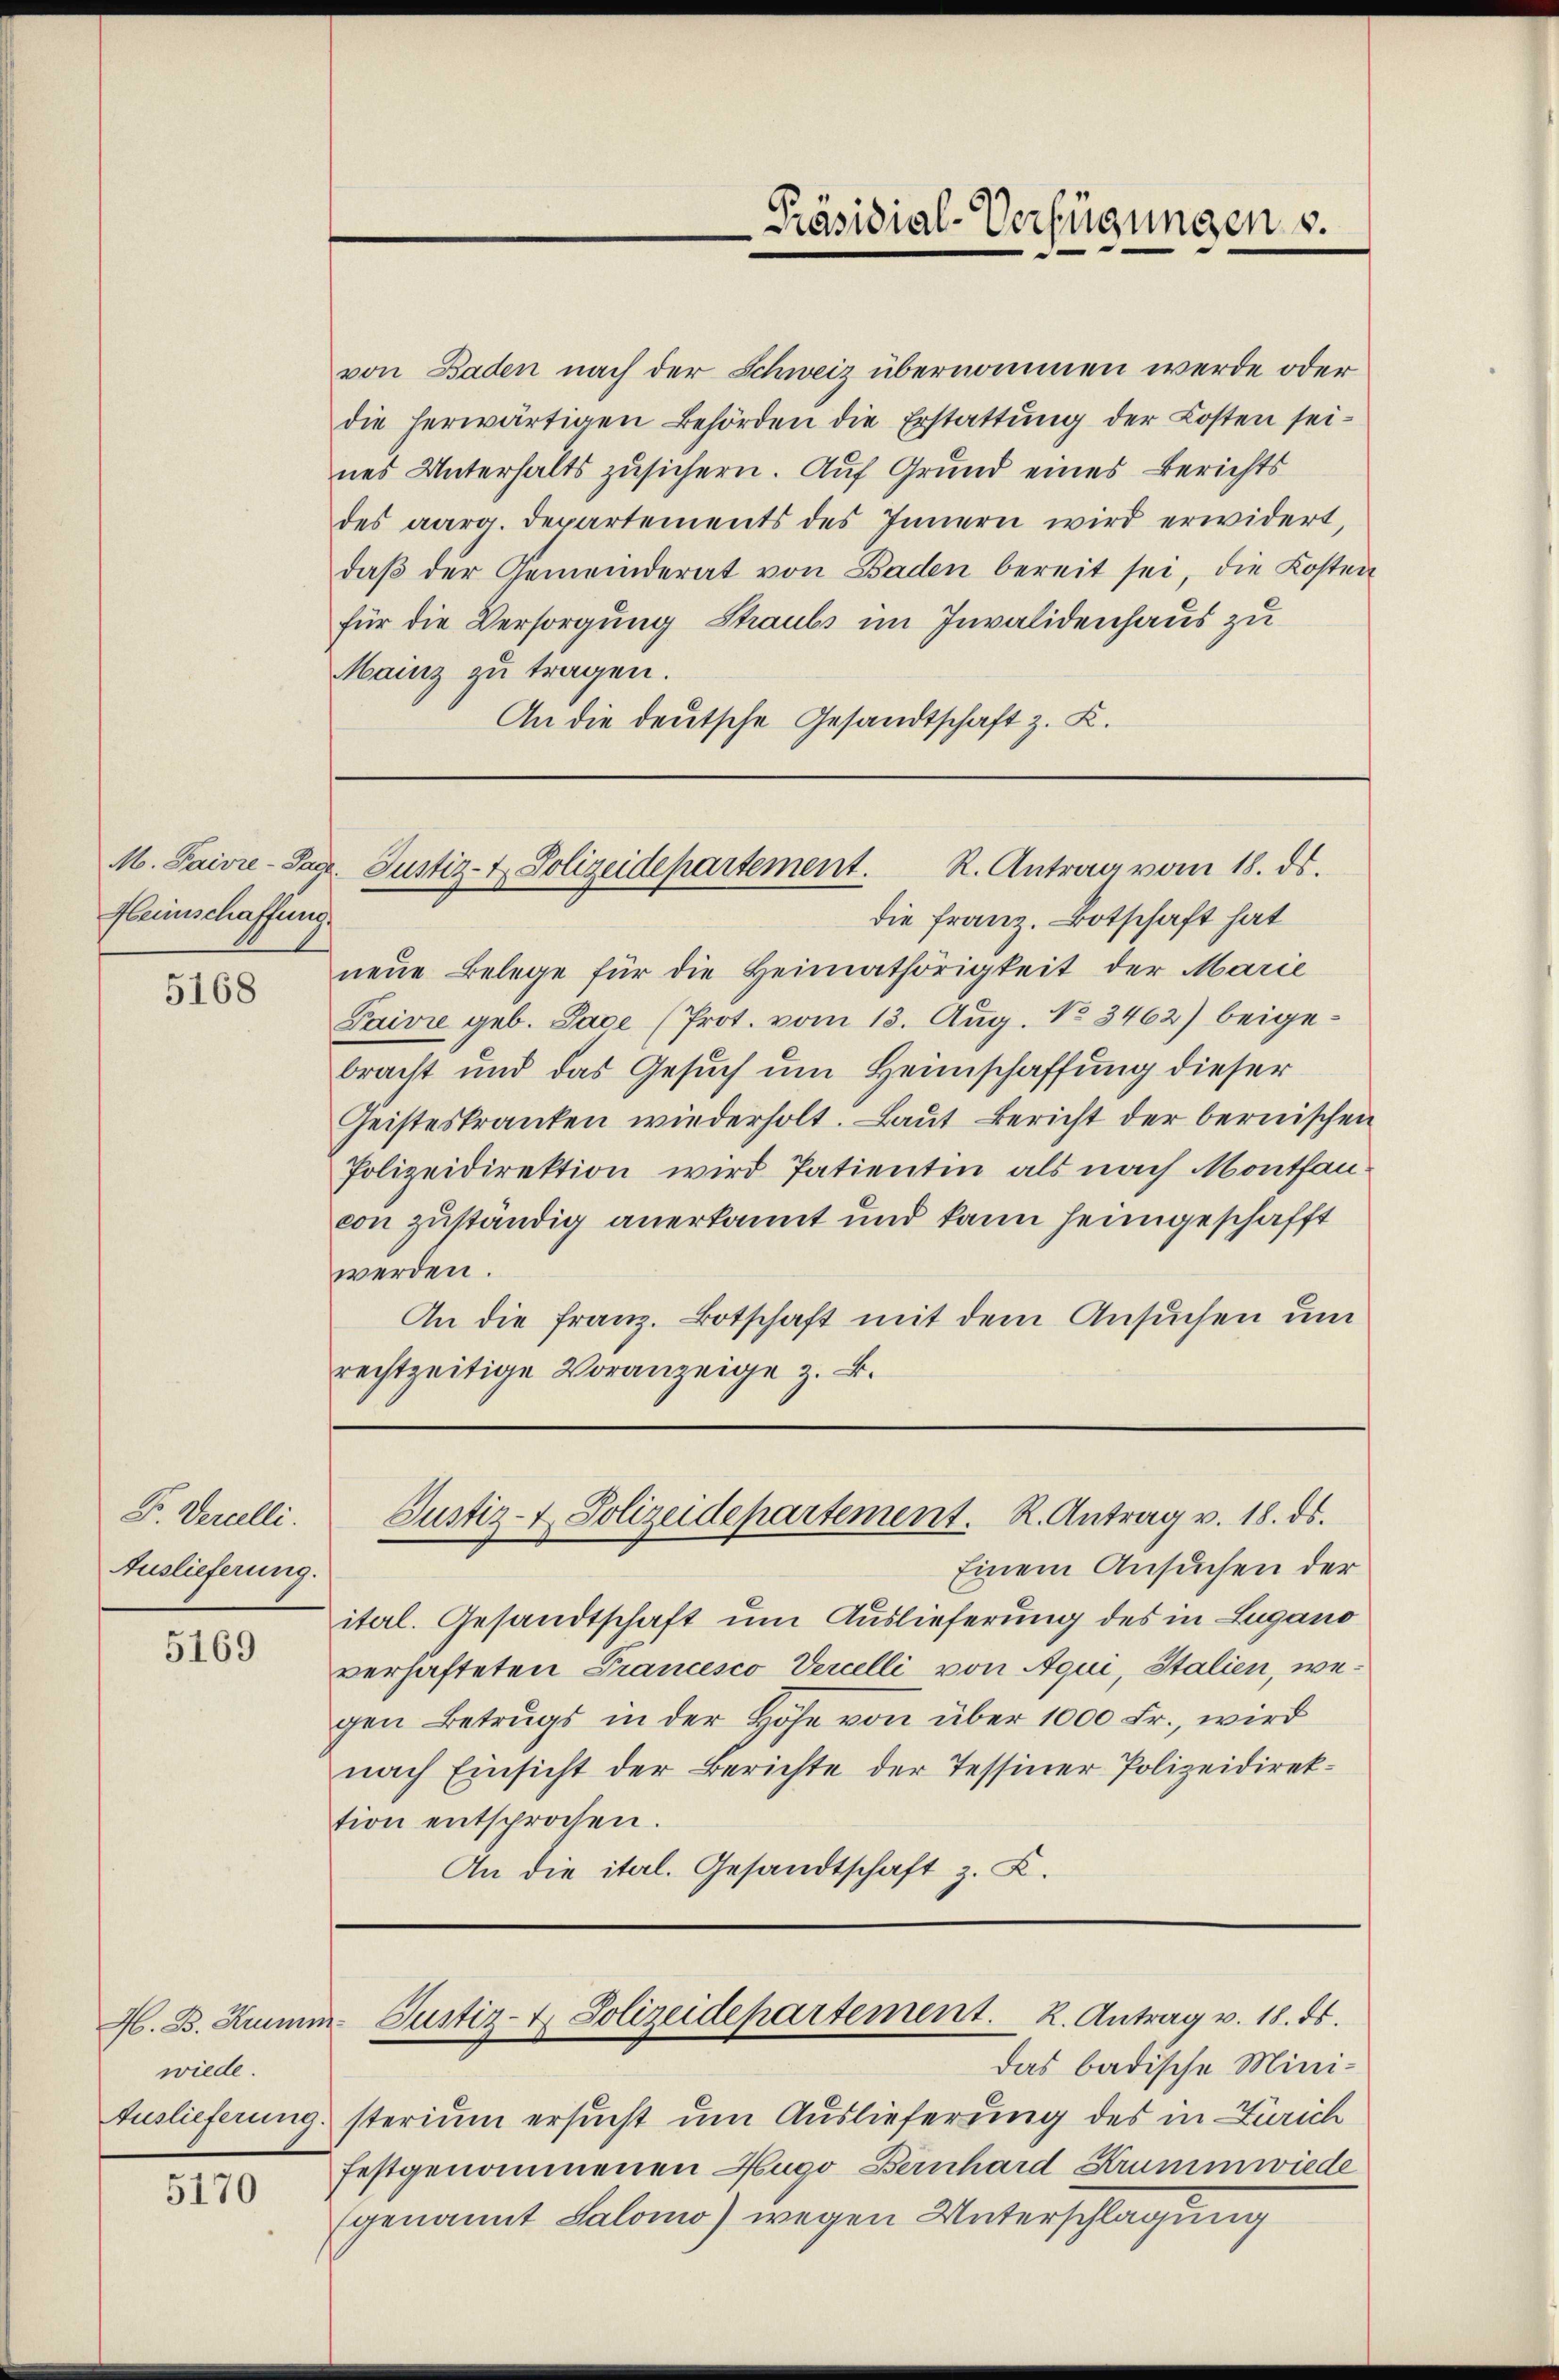
Heimschaffung.

5168

F. Verzelli.
Auslieferung.

5169

wiede

5170

von Baden nach der Schweiz übernommen werde oder
die herwärtigen Behörden die Erstattŭng der Kosten sei-
nes Unterhaltszusichern. Auf Grund eines Berichts
des aarg. Departements des Innern wird erwidert,
daβ der Gemeinderat von Baden bereit sei, die Kosten
für die Versorgung Staubs im Invalidenhaus zu
Mainz zu tragen.
An die deutsche Gesandtschaft z. K.

Präsidial-Verfügungen v.

M. Paivie-Tage. Justiz- & Polizeidepartement. R. Antrag vom 18. ds.

die Franz. Botschaft hat
neŭe Belege für die Heimathörigkeit der Marie
Paivie geb. Pace (Prot. vom 13. Aug. No 3462) beigebracht und das Gesuch um Heimschaffung dieser
Geisteskranken wiederholt. Baŭt Bericht der bernischen
Polizeidirektion wird Patientin als nach Montfaucon zuständig anerkannt und kann heimgeschafft
werden.
An die Franz. Botschaft mit dem Ansuchen um
rechtzeitige Voranzeige z. B.

Justiz- & Polizeidepartement. R. Antrag v. 18. ds.

Einem Ansuchen der
iterl. Gesandtschaft um Auslieferung des in Lugano
verhafteten Francesco Vercelli von Aqui, Italien, wegen Betrugs in der Höhe von über 1000 Fr., wird
nach Einsicht der Berichte der Tessiner Polizeidirektion entsprochen.
An die ital. Gesandtschaft z. Z.

Das badische Mini¬
Auslieferung sterium ersucht um Auslieferung des in Zürich
festgenommenen Hugo Bernhard Kruminwiede
genannt Salomo) wegen Unterschlagung

H. B. Kumm- Justiz- & Polizeidepartement. K. Antrag v. 18. ds.